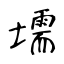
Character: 壖